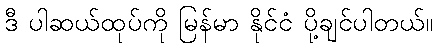
ဒီ ပါဆယ်ထုပ်ကို မြန်မာ နိုင်ငံ ပို့ချင်ပါတယ်။